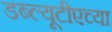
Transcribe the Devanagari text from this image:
डब्ल्यूटीएच्या